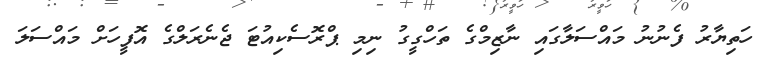
ހަތިޔާރު ފެނުނު މައްސަލާގައި ނާޒިމްގެ ތަހްގީގު ނިމި ޕްރޮސެކިއުޓަ ޖެނެރަލްގެ އޮފީހަށް މައްސަލަ